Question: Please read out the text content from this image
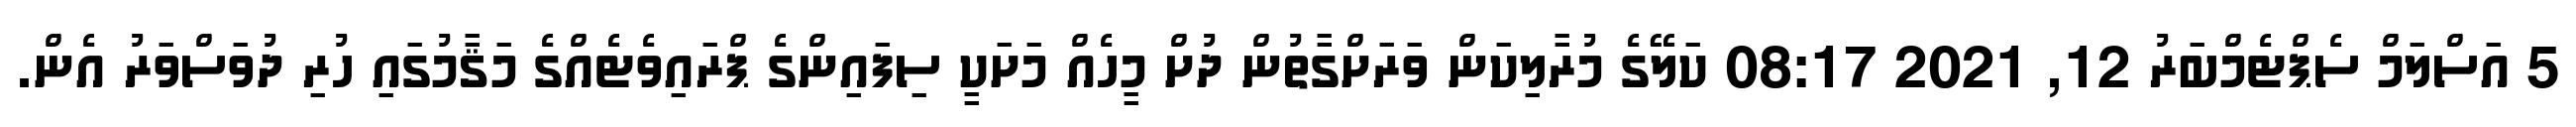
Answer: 5 އަސްލަމް ސެޕްޓެމްބަރު 12, 2021 08:17 ކަލޭގެ މުރާލިކަން ވަރަށްގާތުން ދުށް މީހެއް މަށަކީ ސިފައިންގެ ޕްރައިވެޓެއްގެ މަޤާމުގައި ހުރި ދުވަސްވަރު އެން.